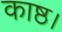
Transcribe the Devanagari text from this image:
काष्ठ।